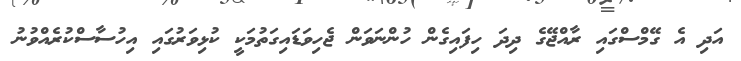
އަދި އެ ގޭމްސްގައި ރާއްޖޭގެ ދިދަ ހިފައިގެން ހުންނަވަން ޖެހިވަޑައިގަތުމަކީ ކުޅިވަރުގައި އިހުސާސްކުރެއްވުނު